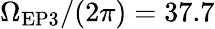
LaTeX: \Omega_{\textrm{EP3}}/(2\pi)=37.7